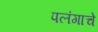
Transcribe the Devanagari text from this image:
पलंगाचे